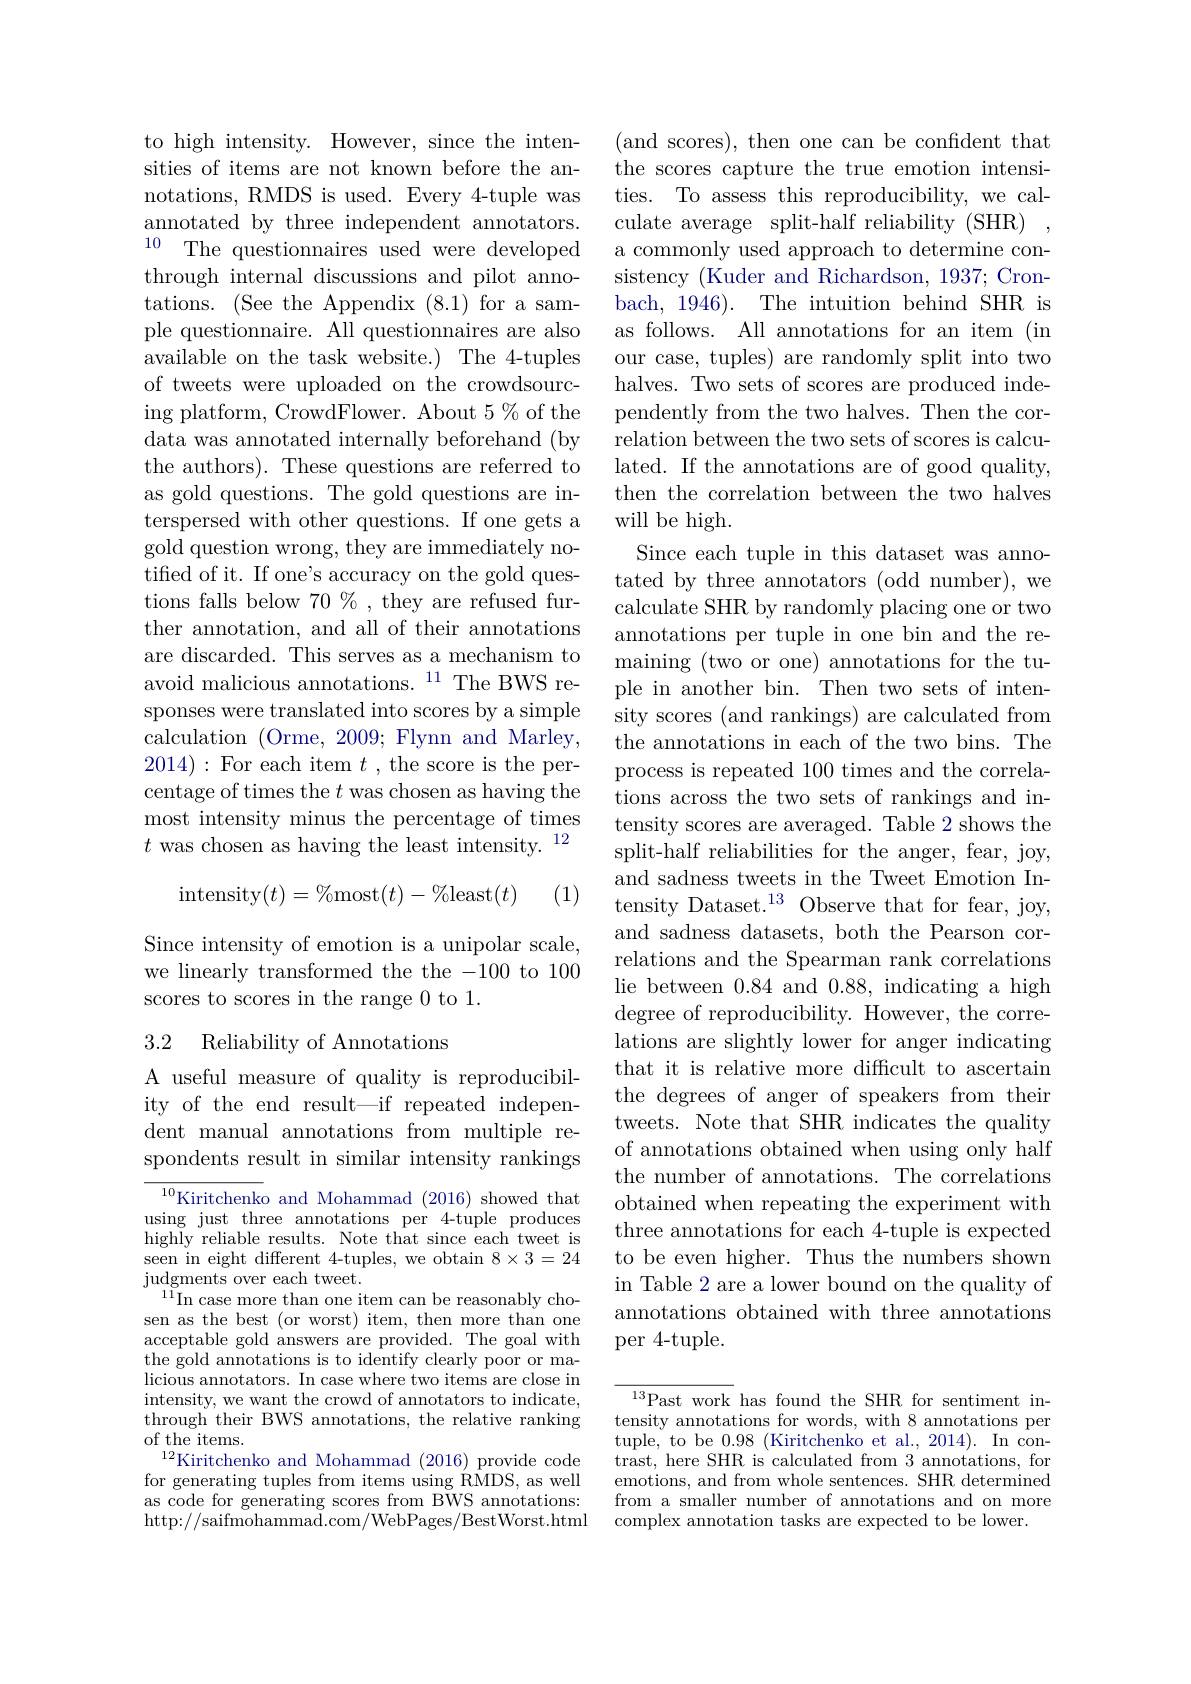
to high intensity. However, since the intensities of items are not known before the annotations, RMDS is used. Every 4-tuple was annotated by three independent annotators. $^{10}$ The questionnaires used were developed through internal discussions and pilot annotations. (See the Appendix (8.1) for a sample questionnaire. All questionnaires are also available on the task website.) The 4-tuples of tweets were uploaded on the crowdsourcing platform, CrowdFlower. About 5% of the data was annotated internally beforehand (by the authors). These questions are referred to as gold questions. The gold questions are interspersed with other questions. If one gets a gold question wrong, they are immediately notified of it. If one's accuracy on the gold questions falls below $70\%$, they are refused further annotation, and all of their annotations are discarded. This serves as a mechanism to avoid malicious annotations.$^{11}$The BWS responses were translated into scores by a simple calculation (Orme, 2009; Flynn and Marley, 2014):For each item $t$ , the score is the percentage of times the $t$ was chosen as having the most intensity minus the percentage of times $t\text{ was chosen as having the least intensity.}^{12}$
$$\text{intensity}(t)=\%\text{most}(t)-\%\text{least}(t)$$
# (1)

Since intensity of emotion is a unipolar scale, we linearly transformed the the -100 to 100 scores to scores in the range 0 to 1.

## 3.2 Reliability of Annotations

A useful measure of quality is reproducibility of the end result—if repeated independent manual annotations from multiple respondents result in similar intensity rankings

$^{10}$Kiritchenko and Mohammad (2016) showed that using just three annotations per 4-tuple produces highly reliable results. Note that since each tweet is seen in eight different 4-tuples, we obtain $8\times3=24$ $\mathop{\text{judgments over each tweet.}}$
$^{11}$In case more than one item can be reasonably chosen as the best (or worst) item, then more than one acceptable gold answers are provided. The goal with the gold annotations is to identify clearly poor or malicious annotators. In case where two items are close in intensity, we want the crowd of annotators to indicate, through their BWS annotations, the relative ranking of the items.
$^{12}$Kiritchenko and Mohammad (2016)provide code for generating tuples from items using RMDS, as well as code for generating scores from BWS annotations: http: / / saifmohammad. com/ WebPages/ BestWorst. html

(and scores),then one can be confident that the scores capture the true emotion intensities. To assess this reproducibility, we calculate average split-half reliability (SHR) , a commonly used approach to determine consistency (Kuder and Richardson, 1937; Cronbach, 1946). The intuition behind SHR is as follows. All annotations for an item (in our case, tuples) are randomly split into two halves. Two sets of scores are produced independently from the two halves. Then the correlation between the two sets of scores is calculated. If the annotations are of good quality, then the correlation between the two halves will be high.
Since each tuple in this dataset was annotated by three annotators (odd number), we calculate SHR by randomly placing one or two annotations per tuple in one bin and the remaining (two or one) annotations for the tuple in another bin. Then two sets of intensity scores (and rankings) are calculated from the annotations in each of the two bins. The process is repeated 100 times and the correlations across the two sets of rankings and intensity scores are averaged. Table 2 shows the split-half reliabilities for the anger, fear, joy, and sadness tweets in the Tweet Emotion Intensity Dataset.$^{13}$ Observe that for fear, joy, and sadness datasets, both the Pearson correlations and the Spearman rank correlations lie between 0.84 and 0.88, indicating a high degree of reproducibility. However, the correlations are slightly lower for anger indicating that it is relative more difficult to ascertaim the degrees of anger of speakers from their tweets. Note that SHR indicates the quality of annotations obtained when using only half the number of annotations. The correlations obtained when repeating the experiment with three annotations for each 4-tuple is expected to be even higher. Thus the numbers shown in Table 2 are a lower bound on the quality of annotations obtained with three annotations per 4-tuple.

${\frac{13}{\mathrm{Past~work~has~found~the~SHR~for~sentiment~in-}}}$ tensity annotations for words, with 8 annotations per tuple, to be 0.98(Kiritchenko et al.2014).In contrast, here SHR is calculated from 3'annotations, for emotions, and from whole sentences. SHR determined from a smaller number of annotations and on more complex annotation tasks are expected to be lower.